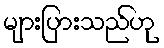
များပြားသည်ဟု